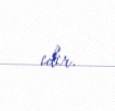
edir.